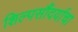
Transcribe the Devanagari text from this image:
शिल्पसौंदर्याचा